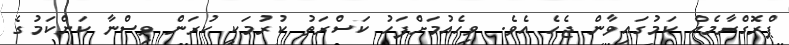
ޕްރޮގްރާމެއް ކަމުގައިވާން ޖެހެ އެވެ. ވިހެއުމަށްފަހު ކަސްރަތު ކުރުމަކީ ކުރަން ވިސްނާ ކަންކަމުގެ